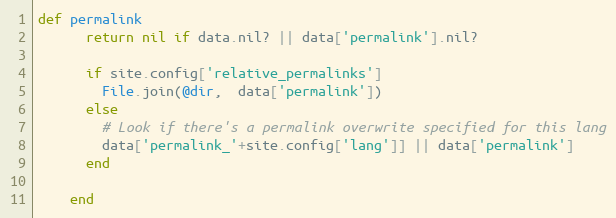
Language: Ruby
def permalink
      return nil if data.nil? || data['permalink'].nil?

      if site.config['relative_permalinks']
        File.join(@dir,  data['permalink'])
      else
        # Look if there's a permalink overwrite specified for this lang
        data['permalink_'+site.config['lang']] || data['permalink']
      end

    end